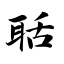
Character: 聒